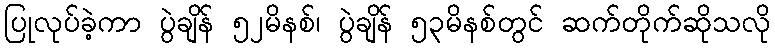
ပြုလုပ်ခဲ့ကာ ပွဲချိန် ၅၂မိနစ်၊ ပွဲချိန် ၅၃မိနစ်တွင် ဆက်တိုက်ဆိုသလို